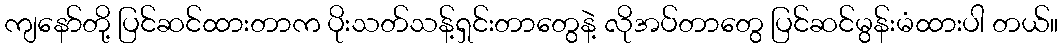
ကျနော်တို့ ပြင်ဆင်ထားတာက ပိုးသတ်သန့်ရှင်းတာတွေနဲ့ လိုအပ်တာတွေ ပြင်ဆင်မွန်းမံထားပါ တယ်။